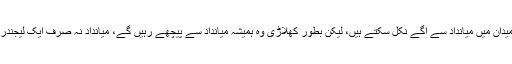
یونس خان کا مزید کہنا تھا کہ وہ صرف رنز کے میدان میں میانداد سے آگے نکل سکتے ہیں، لیکن بطور کھلاڑی وہ ہمیشہ میانداد سے پیچھے رہیں گے، میانداد نہ صرف ایک لیجندری کھلاڑی ہیں بلکہ لاکھوں دلوں کی آواز بھی ہیں۔